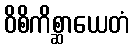
ဝိစိကိစ္ဆာယေတံ